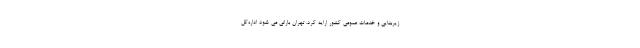
زیربنایی و خدمات عمومی کشور ارایه کرد. تهران بارانی می شود اداره‌کل